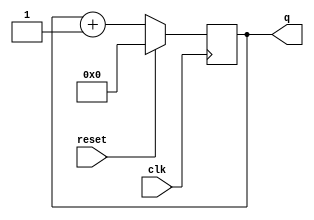
// Question . Four-bit Binary Counter/Count15 - https://hdlbits.01xz.net/wiki/Count15

module top_module(
	input clk,
	input reset,
	output reg [3:0] q);
	
	always @(posedge clk)
		if (reset)
			q <= 0;
		else
			q <= q+1;		// Because q is 4 bits, it rolls over from 15 -> 0.
		// If you want a counter that counts a range different from 0 to (2^n)-1, 
		// then you need to add another rule to reset q to 0 when roll-over should occur.
	
endmodule